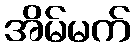
အိမ်မက်